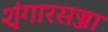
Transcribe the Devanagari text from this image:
शृंगारसज्जा